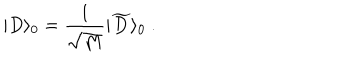
| D \rangle _ { 0 } = { \frac { 1 } { \sqrt { M } } } | { \widetilde D } \rangle _ { 0 } ~ .